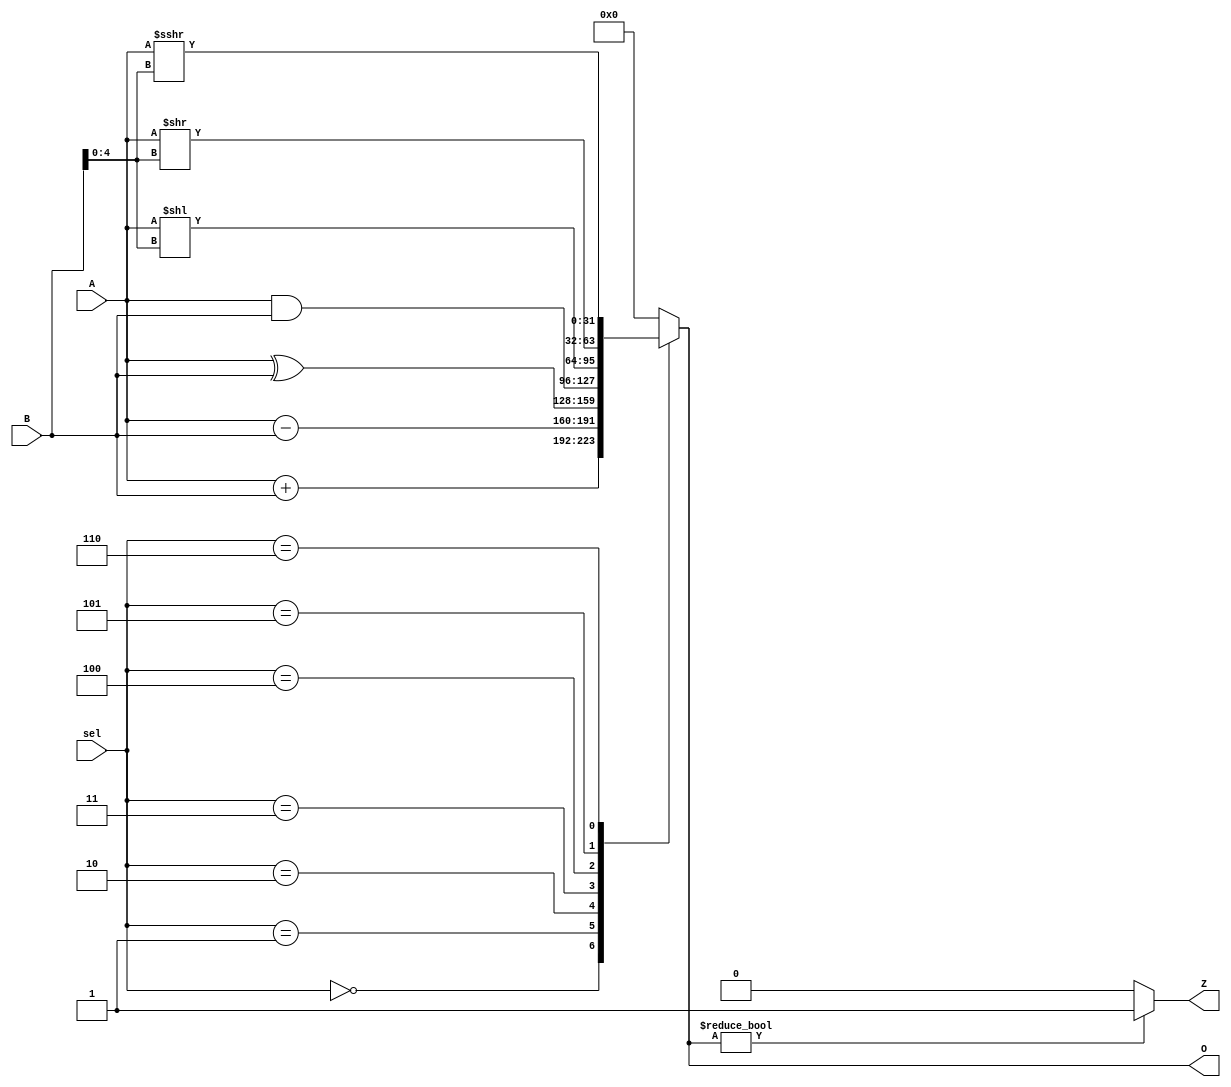
`timescale 1ns / 1ps
//////////////////////////////////////////////////////////////////////////////////
// Company: 
// Engineer: 
// 
// Design Name: 
// Module Name:    alu 
// Project Name: 
// Target Devices: 
// Tool versions: 
// Description: 
//
// Dependencies: 
//
// Revision: 
// Revision 0.01 - File Created
// Additional Comments: 
//
//////////////////////////////////////////////////////////////////////////////////

/*
- Objetivo del mdulo
Realizar operaciones aritmtico lgicas

- Entradas
A: Primer operando
B: Segundo operando
sel: Indica que operacin realizar

- Salidas
O: Contiene el resultado de la operacin
Z: Es 1 si la salida es diferente a cero sino el valor de z es cero
*/

module ALU(A,B,O,sel, Z
    );
	// Es la encargada de realizar las operaciones aritmeticas
	//Definicion de entradas y salidas 
	input[2:0] sel;//  selector
	input[31:0] A, B;//entradas de la alu 
	output reg[31:0] O;//Salida de la alu
	output reg Z;// Bandera Z negada
	//Descripcion del MUX
	always @(*)
	begin
			case(sel)
				3'b000: O = A + B;//Operacion ADD
				3'b001: O = A - B;//Operacion SUB
				3'b010: O = A ^ B;//Operacion XOR
				3'b011: O = A & B;//Operacion AND
				3'b100: O = A << B[4:0];//Operacion SLLI
				3'b101: O = A >> B[4:0];//Operacion SRLI
				3'b110: O = ($signed(A) >>> B[4:0]);//Operacion SRAI
				default: O = 0;
			endcase
			
			if (O != 32'b0)
				Z = 1'b1;
			else
				Z = 1'b0;
	end	
endmodule